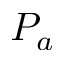
P _ { a }